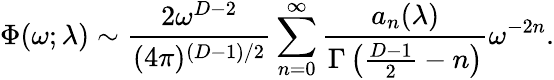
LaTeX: \Phi(\omega;\lambda)\sim{\frac{2\omega^{D-2}}{(4\pi)^{(D-1)/2}}}\sum_{n=0}^{\infty}{\frac{a_{n}(\lambda)}{\Gamma\left({\frac{D-1}{2}}-n\right)}}\omega^{-2n}.